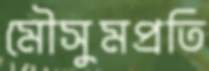
মৌসুমপ্রতি